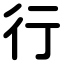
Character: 行